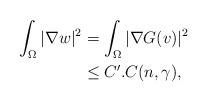
LaTeX: \begin{align*} \int_\Omega |\nabla w|^2&=\int _\Omega |\nabla G(v)|^2\\ & \leq C'.C(n,\gamma), \end{align*}